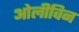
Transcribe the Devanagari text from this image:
ओलीविन